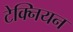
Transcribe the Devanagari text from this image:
टेक्नियन